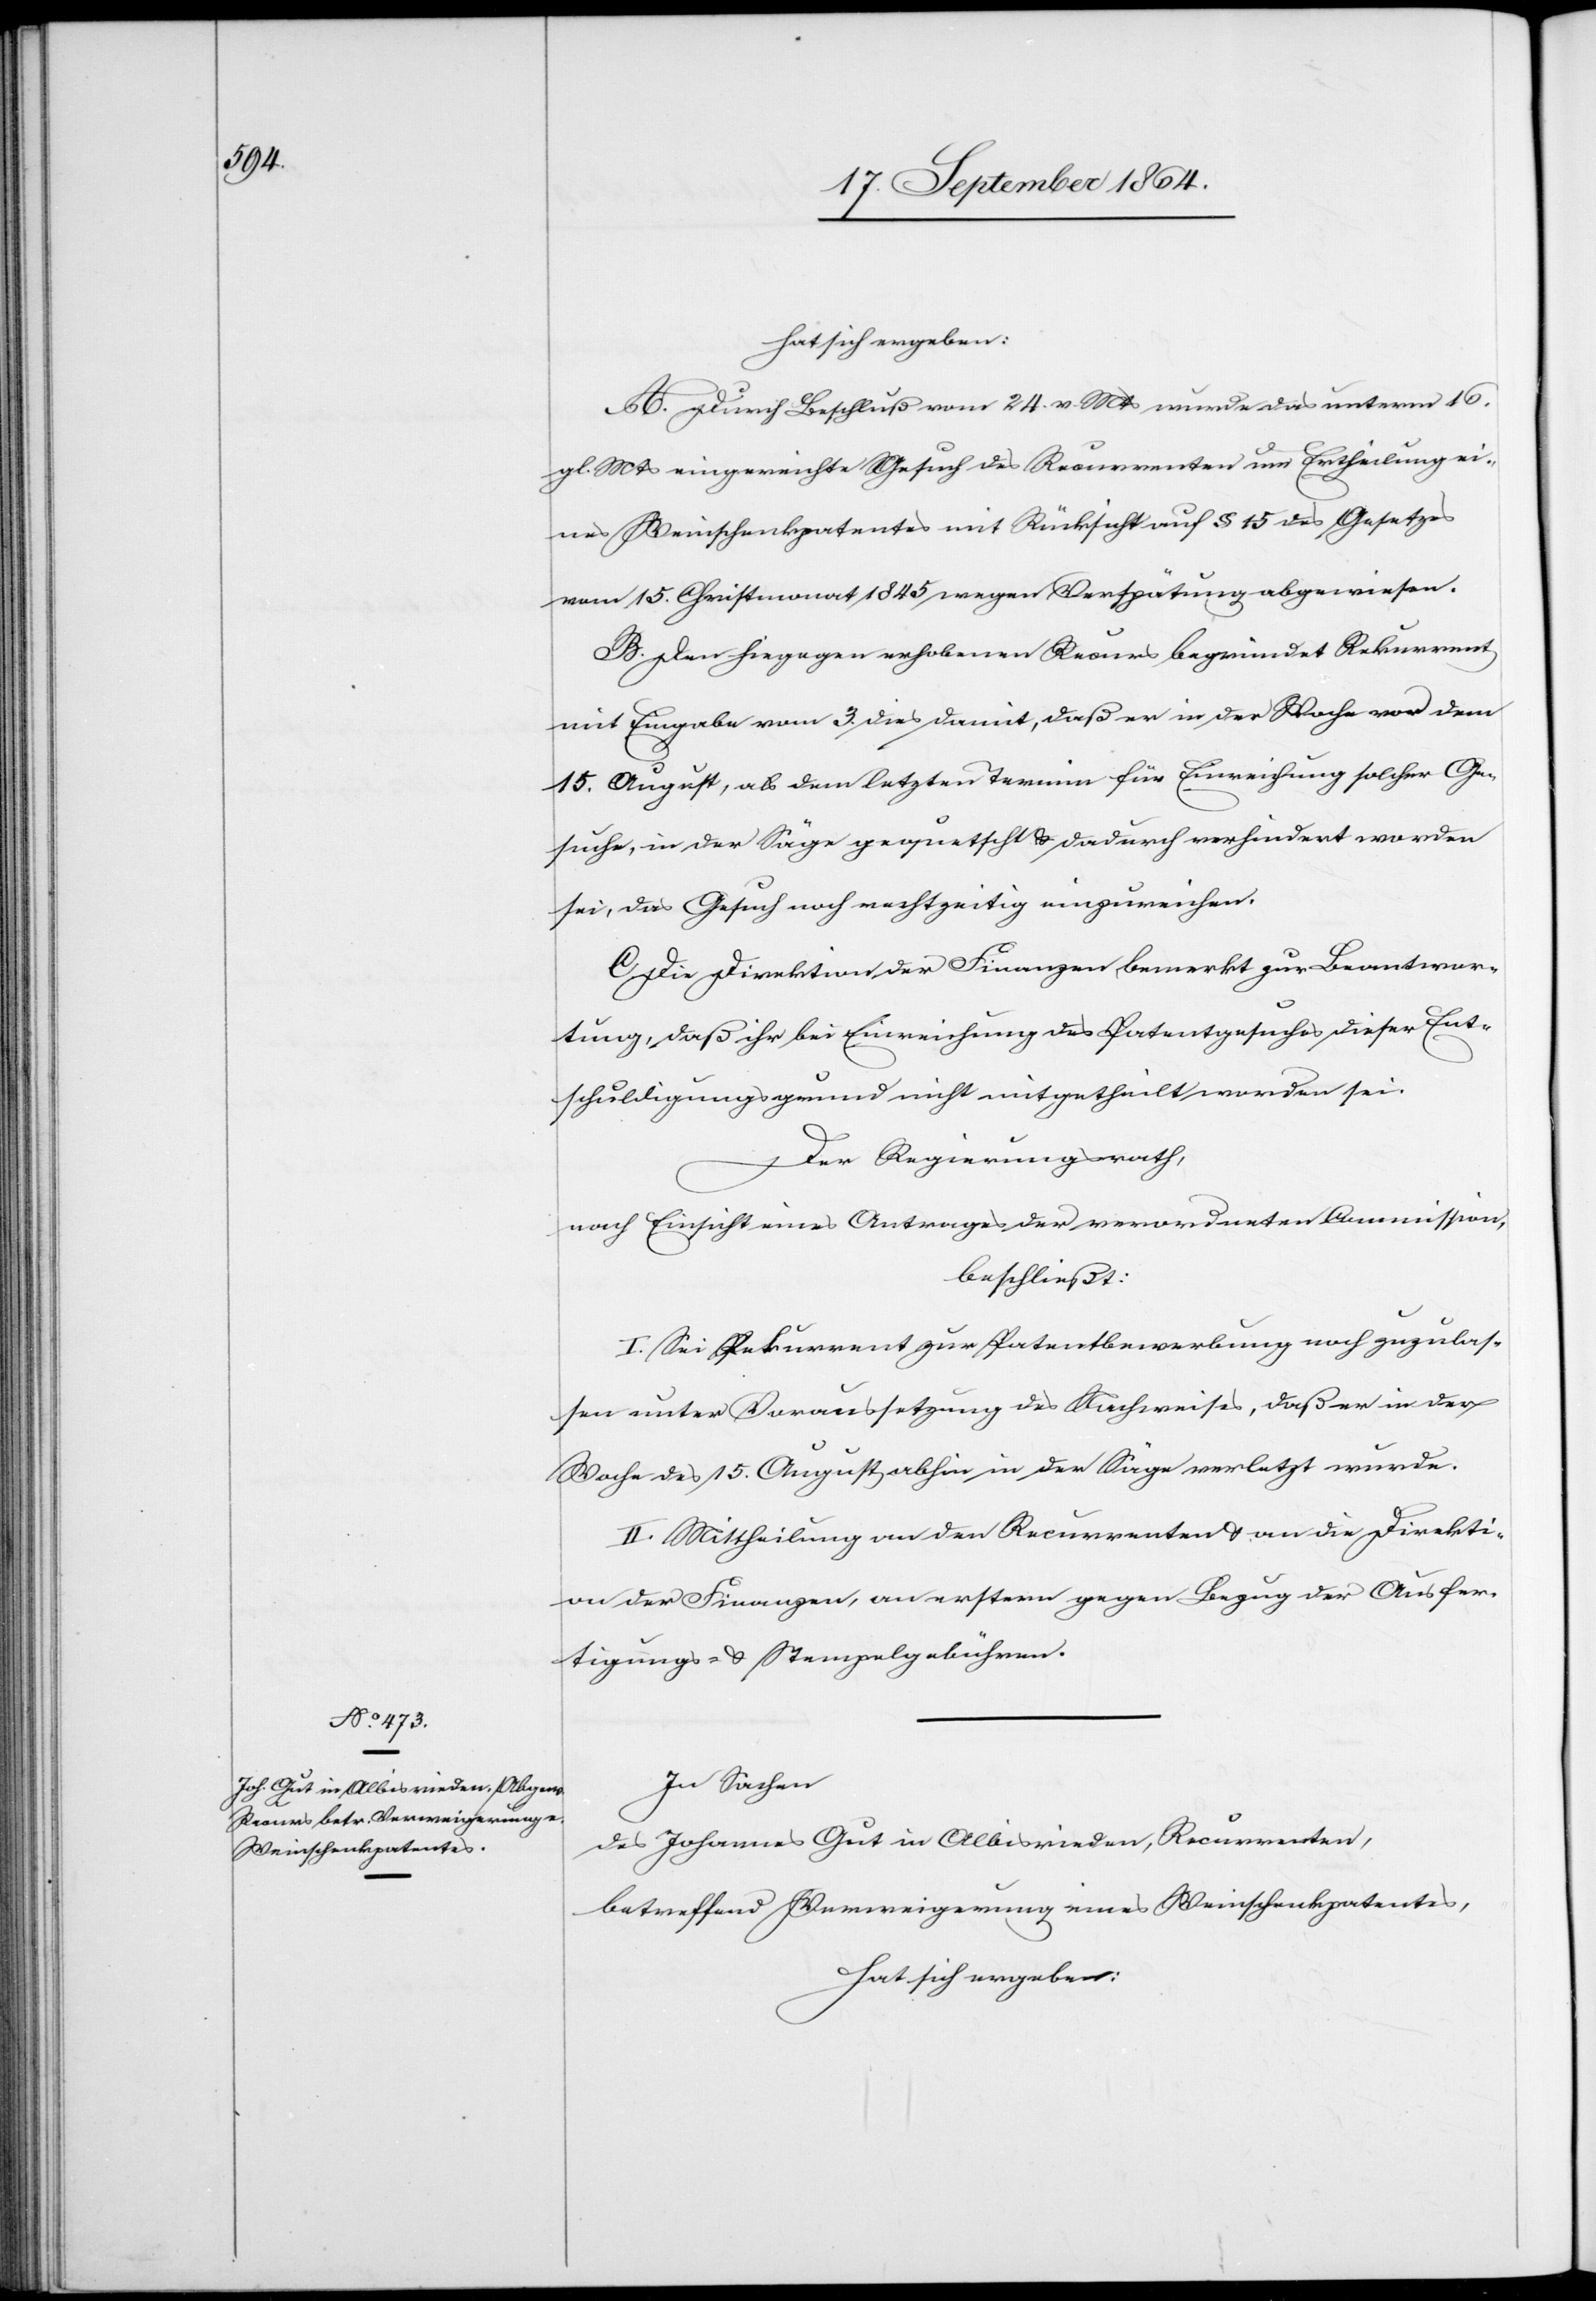
hat sich ergeben:
A. Durch Beschluß vom 24. v. Mts wurde das unterm 16.
gl. Mts eingereichte Gesuch des Recurrenten um Ertheilung ei¬
nes Weinschenkpatentes mit Rücksicht auf § 15 des Gesetzes
vom 15. Christmonat 1845 wegen Verspätung abgewiesen.
B. Den hiegegen erhobenen Recurs begründet Rekurrent
mit Eingabe vom 3. dies damit, daß er in der Woche vor dem
15. August, als dem letzten Termin für Einreichung solcher Ge¬
suche, in der Säge gequetscht & dadurch verhindert worden
sei, das Gesuch noch rechtzeitig einzureichen.
C. Die Direktion der Finanzen bemerkt zur Beantwor¬
tung, daß ihr bei Einreichung des Patentgesuches dieser Ent¬
schuldigungsgrund nicht mitgetheilt worden sei.
Der Regierungsrath,
nach Einsicht eines Antrages der verordneten Commission,
beschließt:
I. Sei Rekurrent zur Patentbewerbung noch zuzulas¬
sen unter Voraussetzung des Nachweises, daß er in der
Woche des 15. August abhin in der Säge verletzt wurde.
II. Mittheilung an den Recurrenten & an die Direkti¬
on der Finanzen, an erstern gegen Bezug der Ausfer¬
tigungs- & Stempelgebühren.
In Sachen
des Johannes Gut in Albisrieden, Recurrenten,
betreffend Verweigerung eines Weinschenkpatentes,
hat sich ergeben: